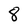
Character: 8